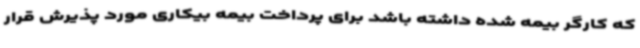
که کارگر بیمه شده داشته باشد برای پرداخت بیمه بیکاری مورد پذیرش قرار